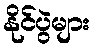
နိုင်ပွဲများ